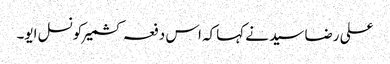
علی رضا سید نے کہاکہ اس دفعہ کشمیرکونسل ایو۔